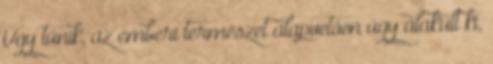
Úgy tűnik, az emberi természet alapvetően úgy alakult ki,